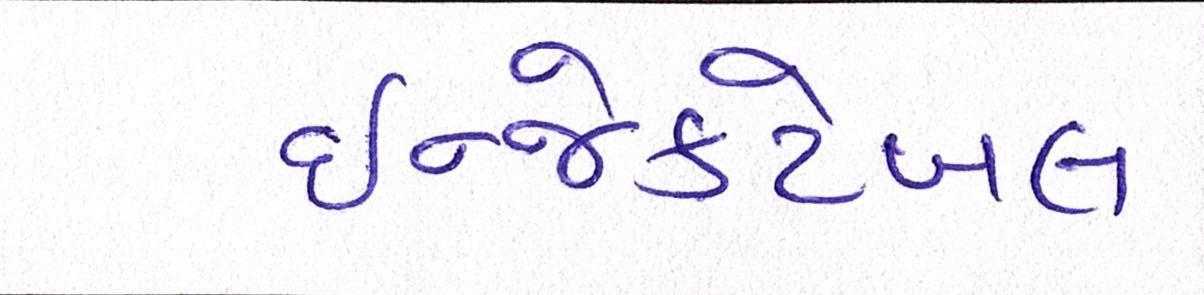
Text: ઇન્જેક્ટેબલ